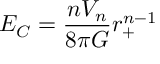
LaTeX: E _ { C } = \frac { n V _ { n } } { 8 \pi G } r _ { + } ^ { n - 1 }